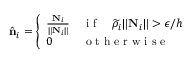
\hat { \mathbf { n } } _ { i } = \left\{ \begin{array} { l l } { \frac { \mathbf { N } _ { i } } { \lVert \mathbf { N } _ { i } \rVert } } & { \mathrm { ~ i ~ f ~ } \quad \widetilde { \rho } _ { i } \lVert \mathbf { N } _ { i } \rVert > \epsilon / h } \\ { 0 } & { \mathrm { ~ o ~ t ~ h ~ e ~ r ~ w ~ i ~ s ~ e ~ } } \end{array} \right.